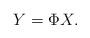
LaTeX: \begin{align*}Y=\Phi X.\end{align*}